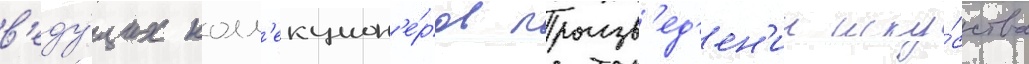
в'еду́щих колл'екцион'е́ров произв'ед'ен'ии иску́сства